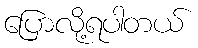
ပြောလို့ရပါတယ်